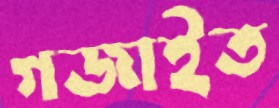
গজাইত